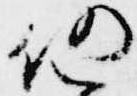
仍